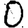
Digit: 0